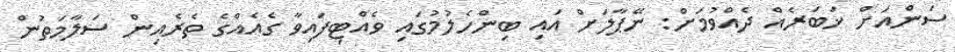
ސަންއަށް ޚަބަރެއް ދެއްވުމަށް: ނޭޕާލަށް އައި ބިންހެލުމުގައި ވެއްޓިފައިވާ ގެއެއްގެ ތެރެއިން ސަލާމަތުން